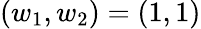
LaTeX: (w_{1},w_{2})=(1,1)